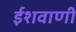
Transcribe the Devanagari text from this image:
ईशवाणी